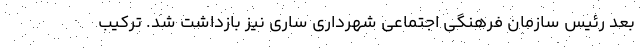
بعد رئیس سازمان فرهنگی اجتماعی شهرداری ساری نیز بازداشت شد. ترکیب